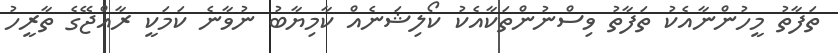
ތަފާތު މީހުންނާއެކު ތަފާތު ވިސްނުންތަކާއެކު ކޯލިޝަނެއް ކާމިޔާބު ނުވާނެ ކަމަކީ ރާއްޖޭގެ ތާރީހު